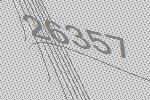
26357